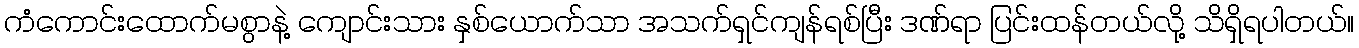
ကံကောင်းထောက်မစွာနဲ့ ကျောင်းသား နှစ်ယောက်သာ အသက်ရှင်ကျန်ရစ်ပြီး ဒဏ်ရာ ပြင်းထန်တယ်လို့ သိရှိရပါတယ်။